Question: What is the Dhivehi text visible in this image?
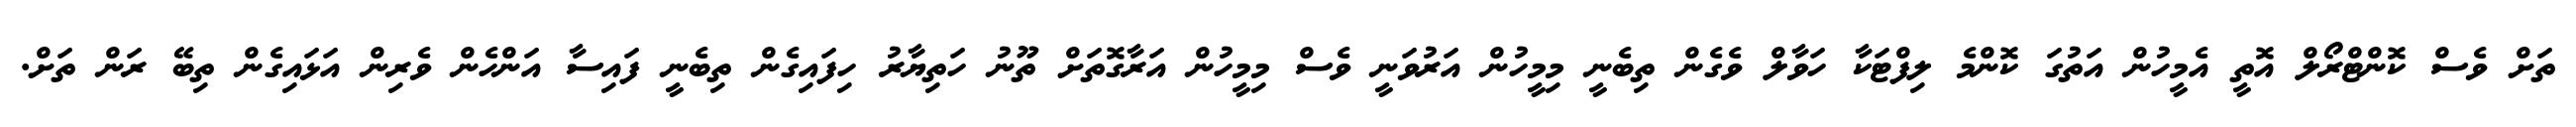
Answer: ތަށް ވެސް ކޮންޓްރޯލް އޮތީ އެމީހުން އަތުގަ ކޮންމެ ލިފްޓަކާ ހަވާލް ވެގެން ތިބެނީ މިމީހުން އަރުވަނީ ވެސް މިމީހުން އަރާގޮތަށް ތޫނު ހަތިޔާރު ހިފައިގެން ތިބެނީ ފައިސާ އަންހެން ވެރިން އަޅައިގެން ތިބޭ ރަން ތަށް.